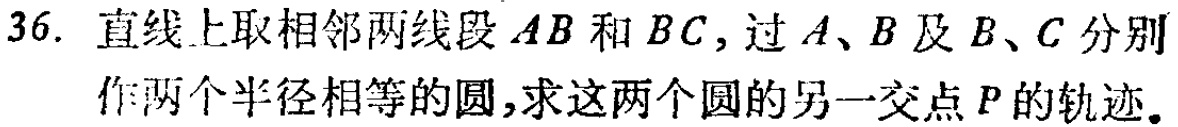
36. 直线上取相邻两线段 \(AB\) 和 \(BC\)，过 \(A、B\) 及 \(B、C\) 分别作两个半径相等的圆，求这两个圆的另一交点 \(P\) 的轨迹。